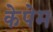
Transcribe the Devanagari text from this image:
केपेम